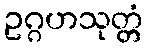
ဥဂ္ဂဟသုတ္တံ